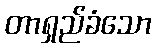
တာရှည်ခံသော